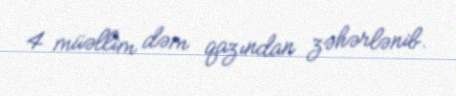
4 müəllim dəm qazından zəhərlənib.